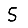
Digit: 5